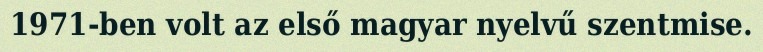
1971-ben volt az első magyar nyelvű szentmise.